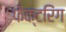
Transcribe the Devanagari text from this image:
फैक्टरिंग